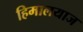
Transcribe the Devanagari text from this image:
हिमालयाज